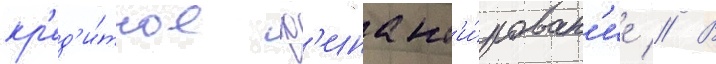
кр'ед'и́тное ф'инанс'и́рован'ие // В